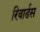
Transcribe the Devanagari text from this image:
रिवार्डस